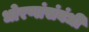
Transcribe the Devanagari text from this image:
धोरणांसंबंधी